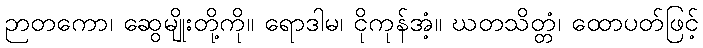
ဉာတကော၊ ဆွေမျိုးတို့ကို။ ရောဒါမ၊ ငိုကုန်အံ့။ ဃတသိတ္တံ၊ ထောပတ်ဖြင့်